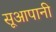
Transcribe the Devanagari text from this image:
सूआपानी